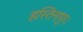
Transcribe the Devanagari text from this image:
हस्तिनापुर।